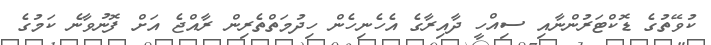
ކުވޭތުގެ ޑޮކްޓަރުންނާއި ސިއްހީ ދާއިރާގެ އެހެނިހެން ހިދުމަތްތެރިން ރާއްޖެ އަށް ފޮނުވާނެ ކަމުގެ